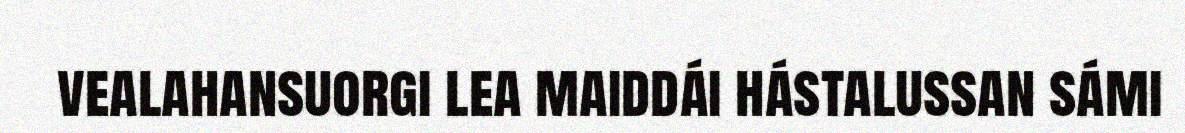
vealahansuorgi lea maiddái hástalussan sámi